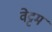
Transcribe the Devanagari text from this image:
वेट्टम